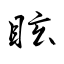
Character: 眩